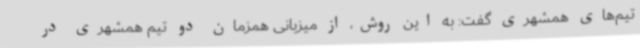
تیم‌های همشهری گفت: به این روش، از میزبانی همزمان دو تیم همشهری در